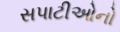
સપાટીઓનો